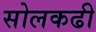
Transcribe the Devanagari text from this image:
सोलकढी